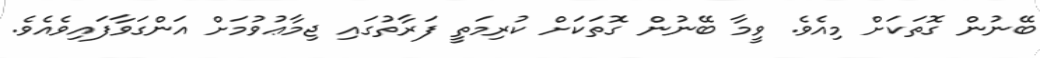
ބޭނުން ގޮތަކަށް މިއެވެ. ވީމާ ބޭނުން ގޮތަކަށް ކުރިމަތީ ފަރާތުގައި ޖިމާޢުވުމަށް އަންގަވާފައިވެއެވެ.